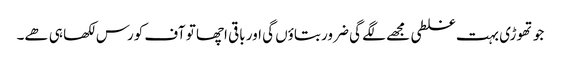
جو تھوڑی بہت غلطی مجھے لگے گی ضرور بتاؤں گی اور باقی اچھا تو آف کورس لکھا ہی ھے۔